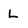
Character: L